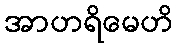
အာဟရိမေဟိ